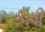
કાવી